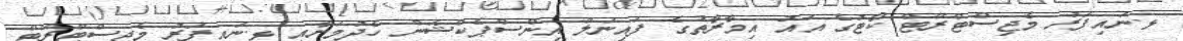
ޅ.ނައިފަރު މެޖިސްޓްރޭޓް ކޯޓުގެ އައު އިމާރާތުގެ ފައިނަލް އިންސްޕެކްޝަން ހެދުމަށާއި ޅ.ނައިފަރު މެޖިސްޓްރޭޓް